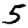
Digit: 5